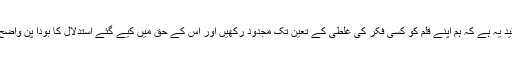
علمی تنقید یہ ہے کہ ہم اپنے قلم کو کسی فکر کی غلطی کے تعین تک مجدود رکھیں اور اس کے حق میں کیے گئے استدلال کا بودا پن واضح کردیں۔